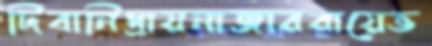
দিবানিদ্রায়নাজারবায়েভ